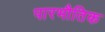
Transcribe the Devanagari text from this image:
पारभौतिक